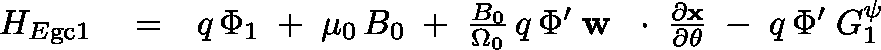
\begin{array} { r l r } { H _ { E \mathrm { g c } 1 } } & { { } = } & { q \, \Phi _ { 1 } \; + \; \mu _ { 0 } \, B _ { 0 } \; + \; \frac { B _ { 0 } } { \Omega _ { 0 } } \, q \, \Phi ^ { \prime } \; { \bf w } \, \mathrm { ~ \boldmath ~ \cdot ~ } \, \frac { \partial \bf x } { \partial \theta } \; - \; q \, \Phi ^ { \prime } \; G _ { 1 } ^ { \psi } } \end{array}